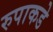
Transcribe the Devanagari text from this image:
रुपाकडे